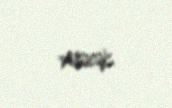
verəcək.